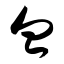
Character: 血